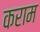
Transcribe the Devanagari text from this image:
कराम